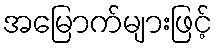
အမြောက်များဖြင့်